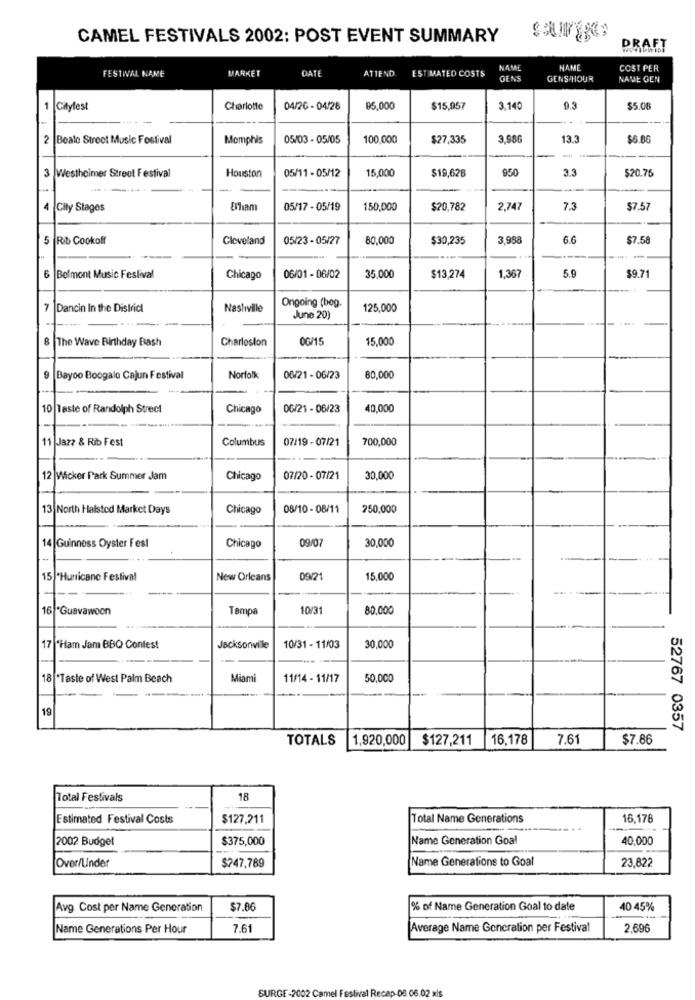
CAMEL FESTIVALS 2002: POST EVENT SUMMARY
DRAFT
FESTIVAL NAME
MARKET
DATE
ATTEND.
ESTIMATED COSTS
NAME
NAME
COST PER
GENS
GENS/HOUR
NAVE GEN
1
Cityfest
Charlotte
04/20 - 04/26
85,000
$15,957
3,140
9.3
$5.08
2 Boalo Stroot Music Fostival
Memphis
05/03 - 05/05
100,000
$27,335
3,986
13.3
$6.86
3 Westheimer Street Festival
Houston
05/11 - 05/12
15,000
$19,628
950
3.3
$20.76
4
City Stages
Bhiam
05/17 - 05/19
150,000
$20,782
2,747
7.3
$7.57
5
Rib Cookoff
Cleveland
05/23 - 05/27
80,000
$30,235
3,958
6.6
$7.58
6 Belmont Music Festival
Chicago
06/01 - 06/02
35.000
$13,274
1,367
5.9
$9.71
Ongoing (beg.
-
Dancin In the District
Nasliville
125,000
June 20)
8 The Wave Birthday Bash
Charleston
0G/15
15,000
9
Bayoo Boogalo Cajun Festival
Norfolk
06/21 - 06/23
80,000
10 Taste of Randolph Street
Chicago
06/21 - 06/23
40,000
11 Jazz & Rib Fest
Columbus
07/19 - 07/21
700,000
12 Wicker Park Summer Jam
Chicago
07/20 - 07/21
30,000
13 North Halsted Market Days
Chicago
08/10 - 08/11
250,000
09/07
30,000
14 |Guinness Oyster Fest
Chicago
15 "Hurricane Festival
New Orleans
09/21
15,000
16 "Guavawoon
Tempa
10/31
80.000
17 Ham Jam BBQ Contest
Jacksonville
10/31 - 11/03
30,000
18 "Taste of West Palm Beach
Miami
11/14 - 11/17
50,000
19
52767 0357
TOTALS
1,920,000 $127,211
16,178
7.61
$7.86
Total Festivals
18
Estimated Festival Costs
$127,211
Total Name Generations
16,178
2002 Budget
$375,000
Name Generation Goal
40.000
$247,789
Name Generations to Goal
23,822
Over/Under
Avg Cost per Name Generation
$7.86
% of Name Generation Goal to date
40.45%
Name Generations Per Hour
7.61
Average Name Generation per Festival
2.696
SURGE-2002 Camel Festival Recap-08.06.02 xis